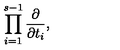
\prod _ { i = 1 } ^ { s - 1 } \frac { \partial } { \partial t _ { i } } ,